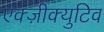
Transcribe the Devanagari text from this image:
एक्ज़ीक्युटिव